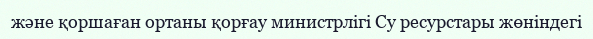
және қоршаған ортаны қорғау министрлігі Су ресурстары жөніндегі